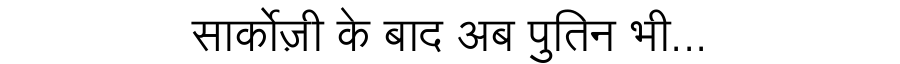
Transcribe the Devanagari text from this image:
सार्कोज़ी के बाद अब पुतिन भी...